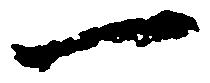
一